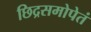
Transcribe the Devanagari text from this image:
छिद्रसमोपेतं